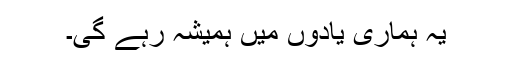
یہ ہماری یادوں میں ہمیشہ رہے گی۔